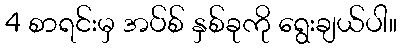
4 စာရင်းမှ အပ်စ် နှစ်ခုကို ရွေးချယ်ပါ။